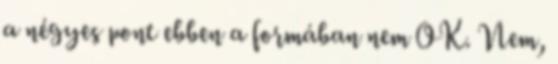
a négyes pont ebben a formában nem OK. Nem,